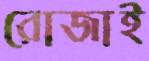
রোজাই